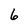
Character: 6